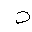
Letter: _ta